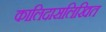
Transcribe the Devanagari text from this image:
कालिदासलिखित